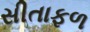
સીતાફળ